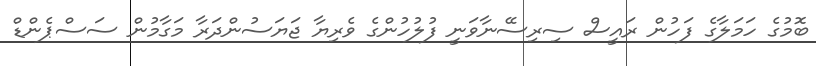
ބޮމުގެ ހަމަލާގެ ފަހުން ރައީސް ސިރިސޭނާވަނީ ފުލުހުންގެ ވެރިޔާ ޖަޔަސުންދަރާ މަގާމުން ސަސްޕެންޑް